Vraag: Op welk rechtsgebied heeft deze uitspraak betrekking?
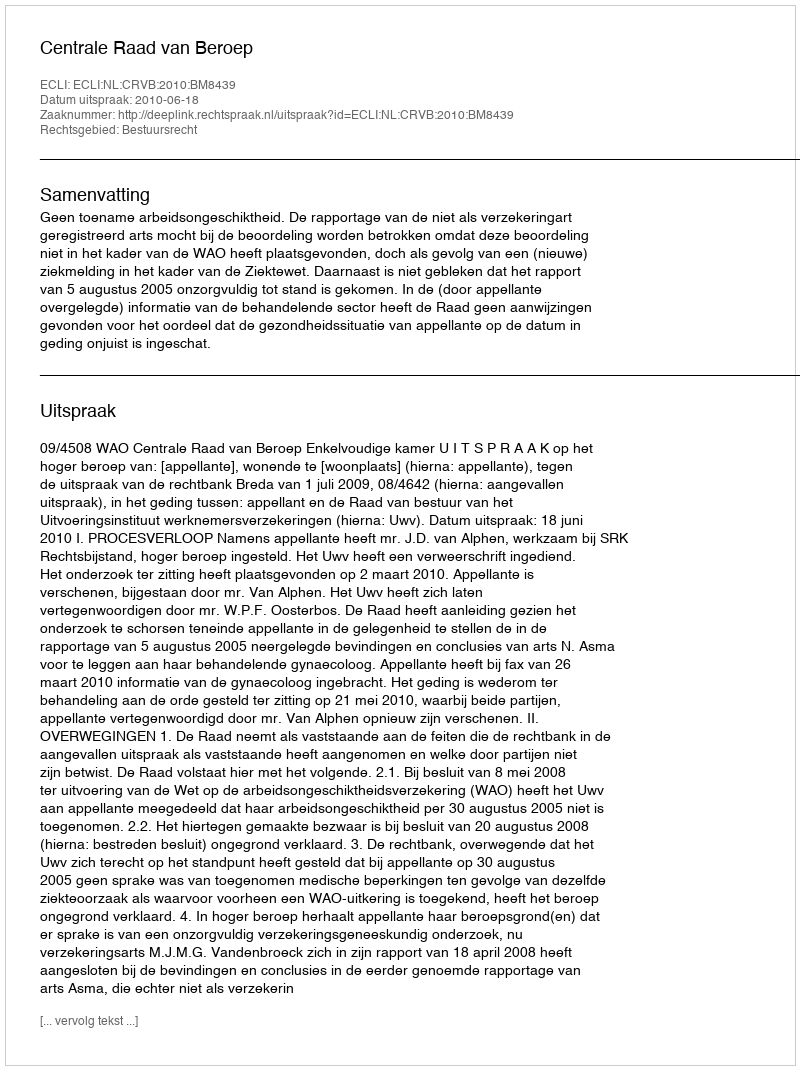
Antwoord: Bestuursrecht